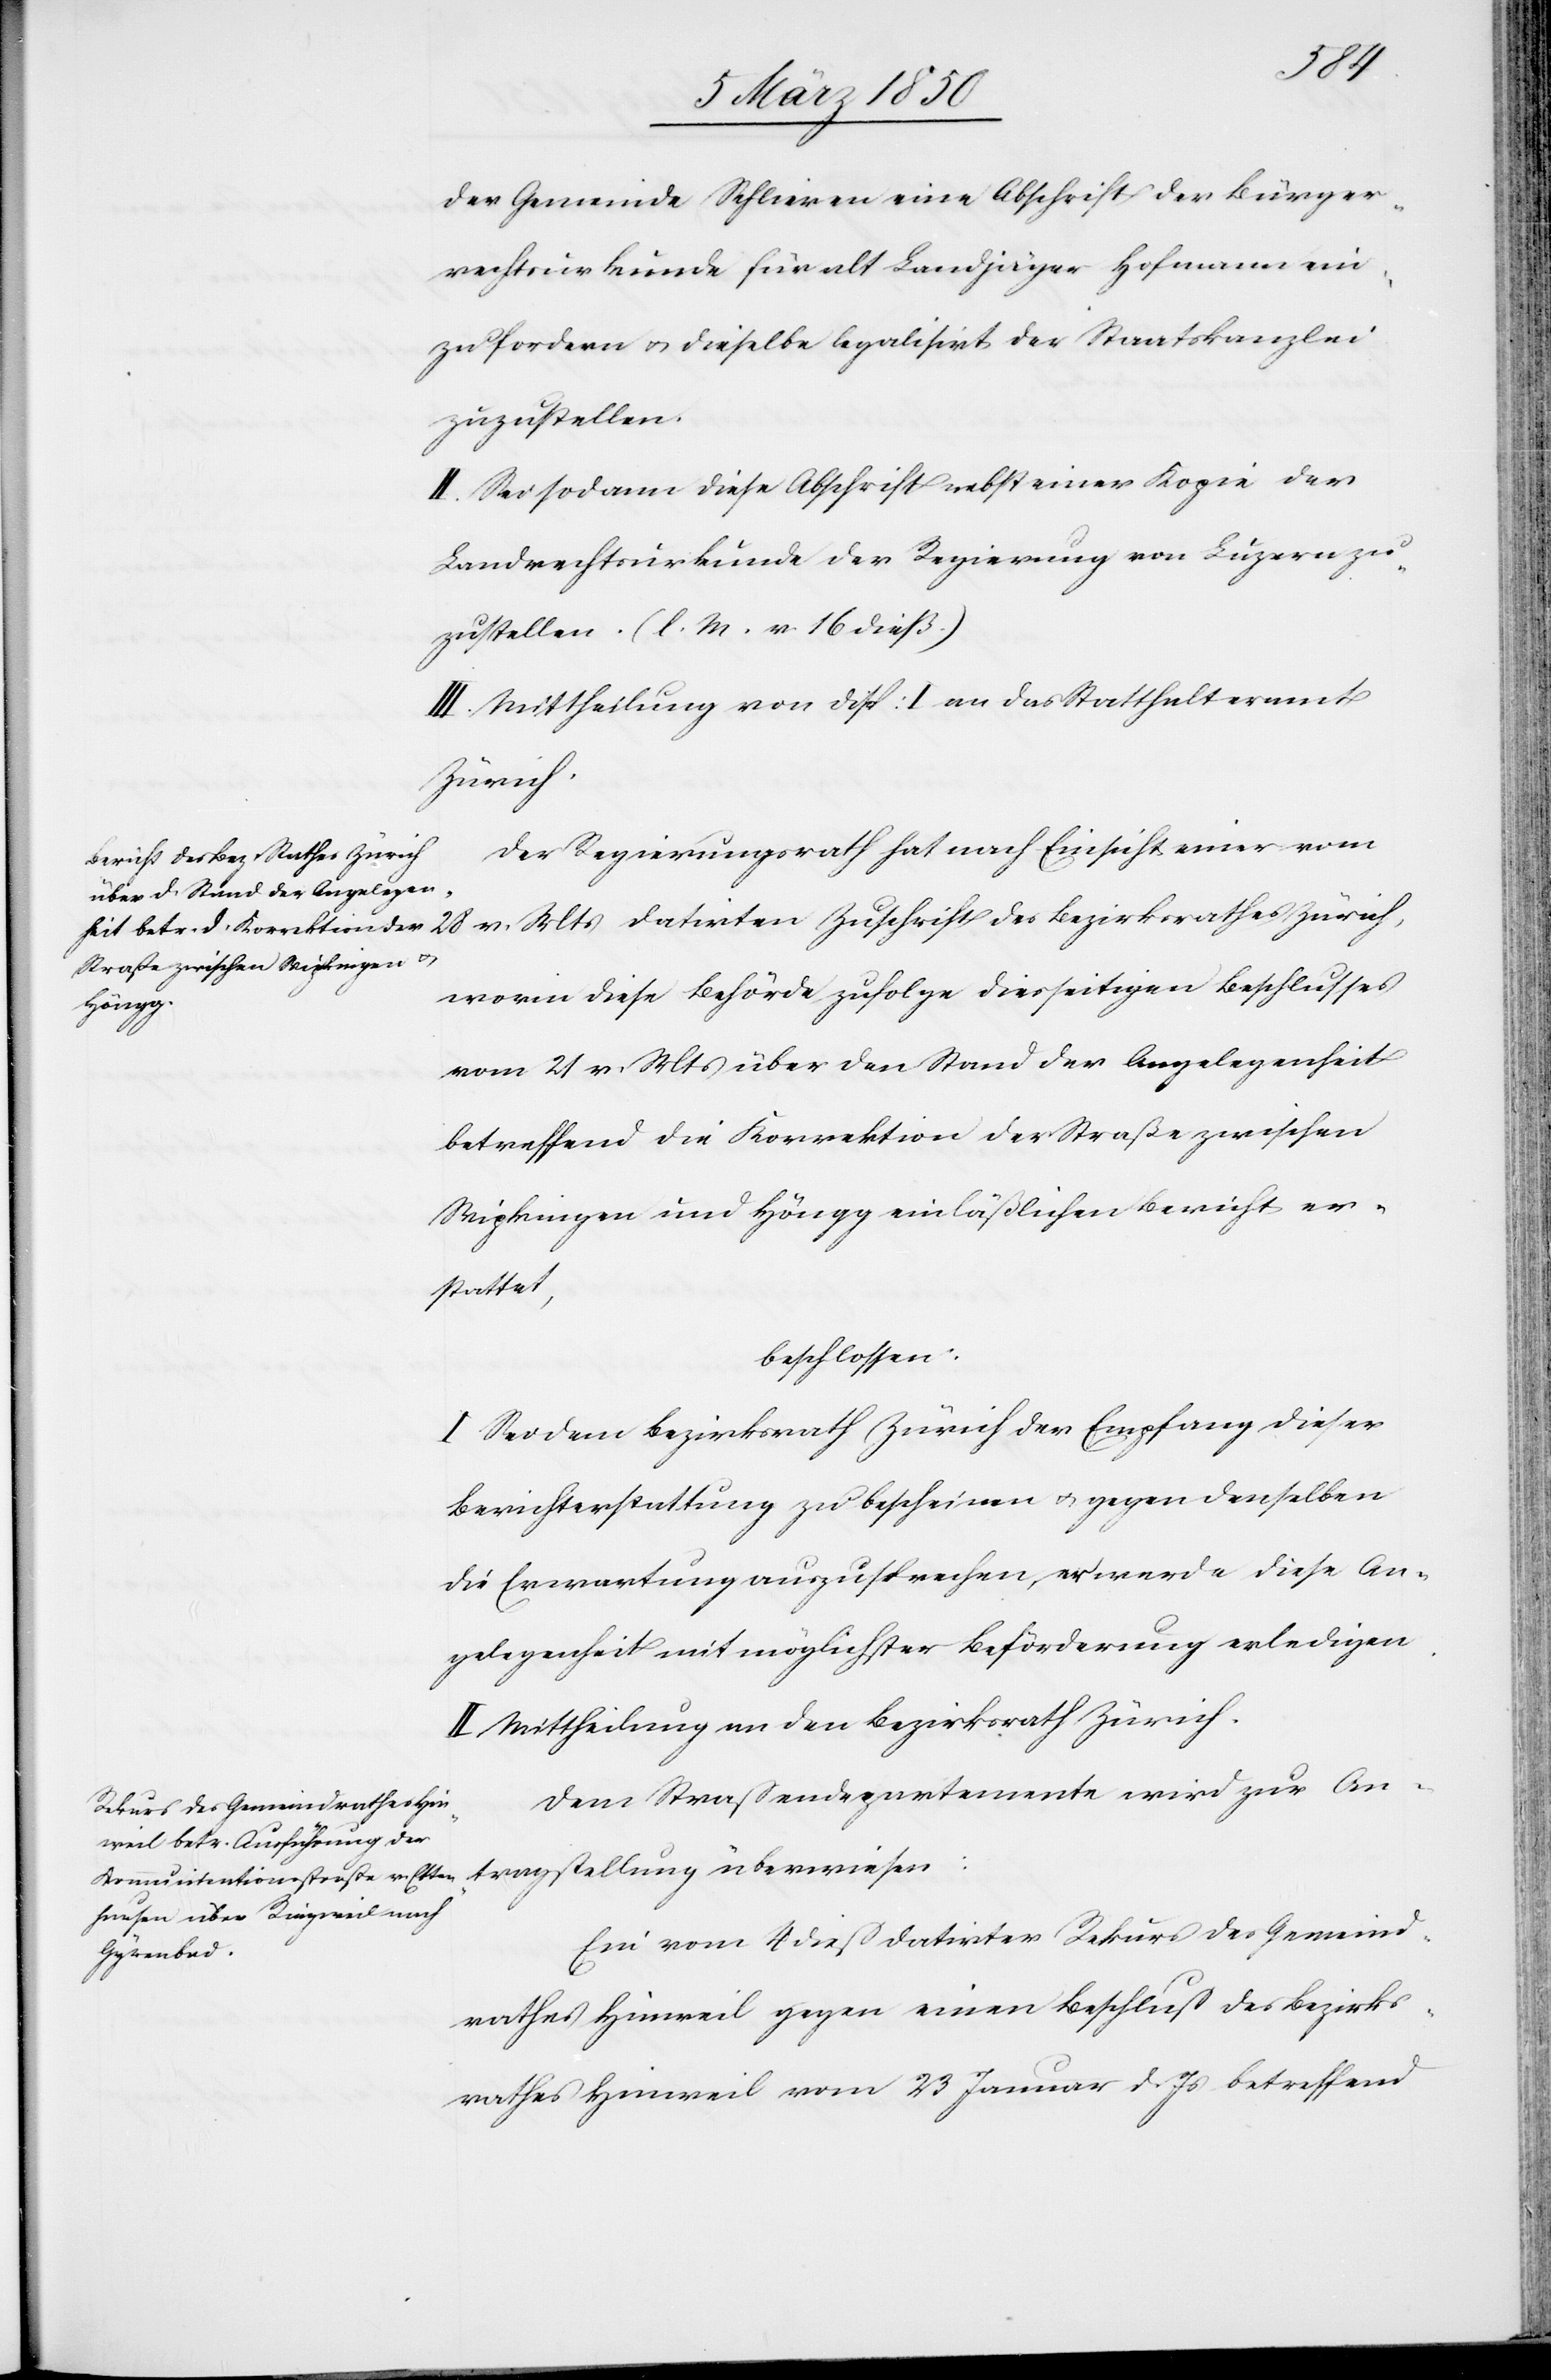
28 v.
der Gemeinde Schlieren eine Abschrift der Bürger¬
rechtsurkunde für alt Landjäger Hofmann an¬
zufordern u. dieselbe legalisirt der Staatskanzlei
zuzustellen.
II. Sei sodann diese Abschrift nebst einer Kopie der
Landrechtsurkunde der Regierung von Luzern zu¬
zustellen. (l. M. v. 16 dieß.)
III. Mittheilung von Disp: I an das Statthalteramt
Zürich.
Der Regierungsrath hat nach Einsicht einer vom
rift des Bezirksrathes Zürich,
worin diese Behörde zufolge diesseitigen Beschlusses
lung
vom 21 v. Mts über den Stand der Angelegenheit
betreffend die Korrektion der Straße zwischen
Wipkingen und Höngg einläßlichen Bericht er¬
tragstel¬
beschlossen:
I. Sei dem Bezirksrath Zürich der Empfang dieser
Berichterstattung zu bescheinen u. gegen denselben
die Erwartung auszusprechen, er werde diese An¬
gelegenheit mit möglichster Beförderung erledigen.
II. Mittheilung an den Bezirksrath Zürich.
Dem Straßendepartemente wird zur An¬
Ein vom 4 dieß datirter Rekurs des Gemeind¬
rathes Hinweil gegen einen Beschluß des Bezirks¬
rathes Hinweil vom 23 Januar d. Js betreffend